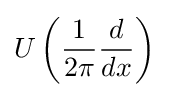
U\left({\frac {1}{2\pi }}{\frac {d}{dx}}\right)